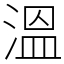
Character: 溫